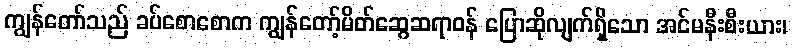
ကျွန်တော်သည် ခပ်စောစောက ကျွန်တော့်မိတ်ဆွေဆရာဝန် ပြောဆိုလျက်ရှိသော အင်မနီးစီးယား၊